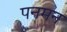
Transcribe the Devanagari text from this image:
पनमन